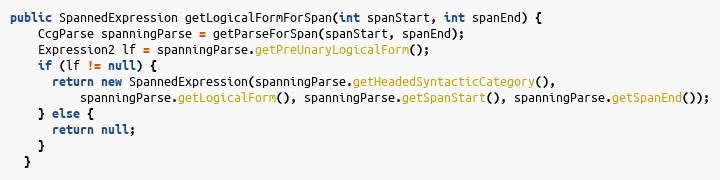
Language: Java
public SpannedExpression getLogicalFormForSpan(int spanStart, int spanEnd) {
    CcgParse spanningParse = getParseForSpan(spanStart, spanEnd);
    Expression2 lf = spanningParse.getPreUnaryLogicalForm();
    if (lf != null) {
      return new SpannedExpression(spanningParse.getHeadedSyntacticCategory(),
          spanningParse.getLogicalForm(), spanningParse.getSpanStart(), spanningParse.getSpanEnd());
    } else {
      return null;
    }
  }